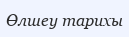
Өлшеу тарихы